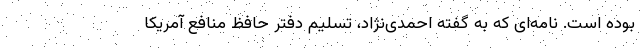
بوده است. نامه‌ای که به گفته احمدی‌نژاد، تسلیم دفتر حافظ منافع آمریکا